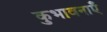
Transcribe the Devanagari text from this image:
कुभावनाएँ